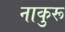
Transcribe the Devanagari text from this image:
नाकुरू